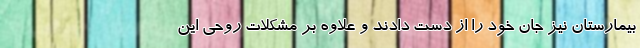
بیمارستان نیز جان خود را از دست دادند و علاوه بر مشکلات روحی این